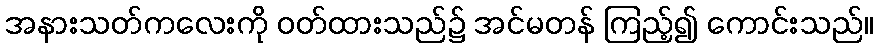
အနားသတ်ကလေးကို ဝတ်ထားသည်၌ အင်မတန် ကြည့်၍ ကောင်းသည်။